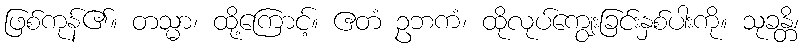
ဖြစ်ကုန်၏။ တသ္မာ၊ ထို့ကြောင့်။ ဧတံ ဥဘကံ၊ ထိုလုပ်ကျွေးခြင်းနှစ်ပါးကို။ သုခန္တိ၊